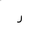
Letter: _ra